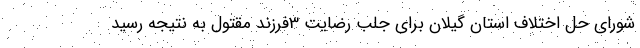
شورای حل اختلاف استان گیلان برای جلب رضایت 3فرزند مقتول به نتیجه رسید